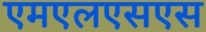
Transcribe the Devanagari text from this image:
एमएलएसएस